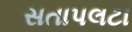
સતાપલટા